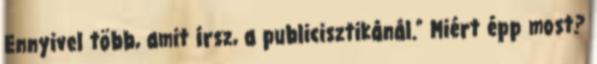
Ennyivel több, amit írsz, a publi­cisz­tiká­nál.” Miért épp most?